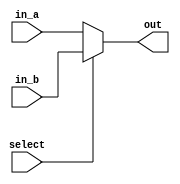
module mux2x(in_a, in_b, select, out);
	parameter WIDTH = 8;

	input [WIDTH - 1:0] in_a, in_b;
	output reg [WIDTH - 1:0] out;
	input select;

	always @* begin
		if(select == 1) out = in_b;
		else out = in_a;
	end 

endmodule